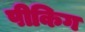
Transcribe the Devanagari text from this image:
पीकिग